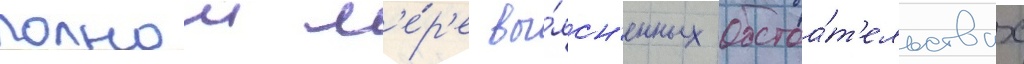
полнои м'е́р'е вы́ясн'енных обстоа́т'ельствах